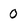
Character: 0